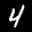
Label: 4